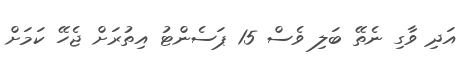
އަދި ވާގި ނެތޭ ބަލި ވެސް 15 ޕަސެންޓު އިތުރަށް ޖެހޭ ކަމަށް